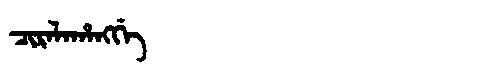
Manchu: ᠴᡳᡵᠠᠯᠠᡥᠠᠩᡤᡝ
Romanization: CIRALAHANGGE